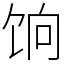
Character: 饷